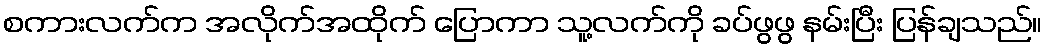
စကားလက်က အလိုက်အထိုက် ပြောကာ သူ့လက်ကို ခပ်ဖွဖွ နမ်းပြီး ပြန်ချသည်။